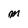
Character: M